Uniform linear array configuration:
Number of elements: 12
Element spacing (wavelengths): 0.25
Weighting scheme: blackman
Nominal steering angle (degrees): -60
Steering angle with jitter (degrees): -61.222
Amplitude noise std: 0.05
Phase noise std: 0.05

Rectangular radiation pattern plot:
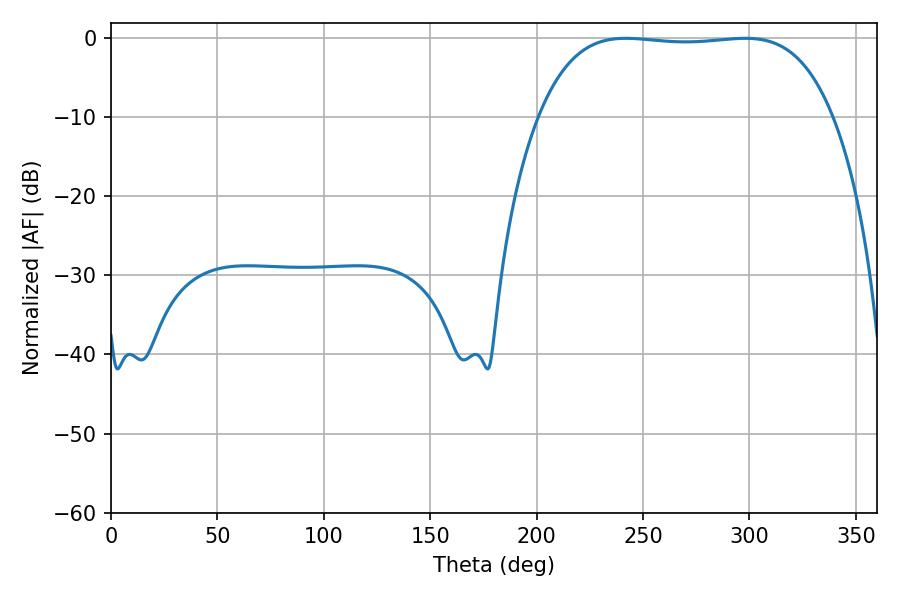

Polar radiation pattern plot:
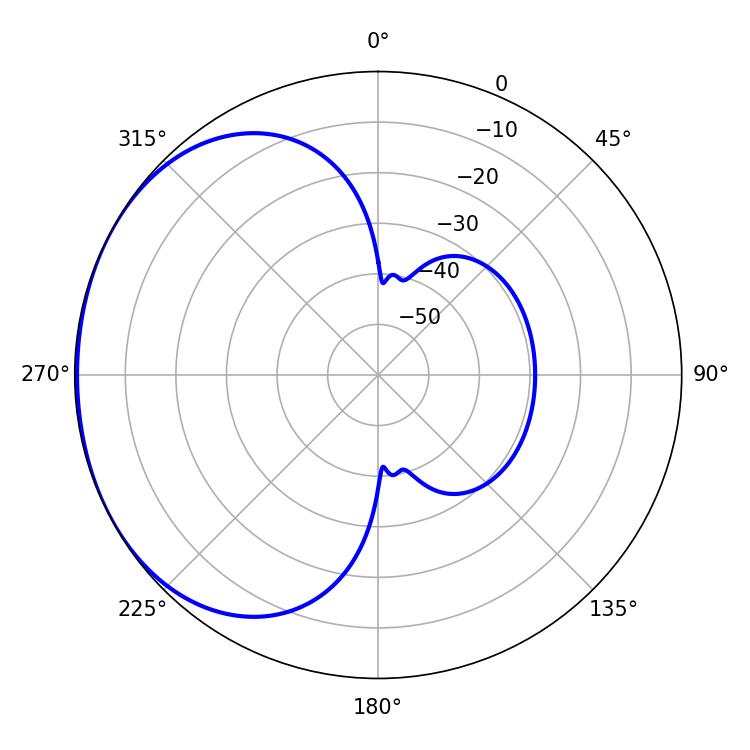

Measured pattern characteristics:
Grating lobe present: FALSE
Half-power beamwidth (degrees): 108.36
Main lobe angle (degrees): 241.92